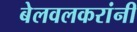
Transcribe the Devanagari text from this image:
बेलवलकरांनी